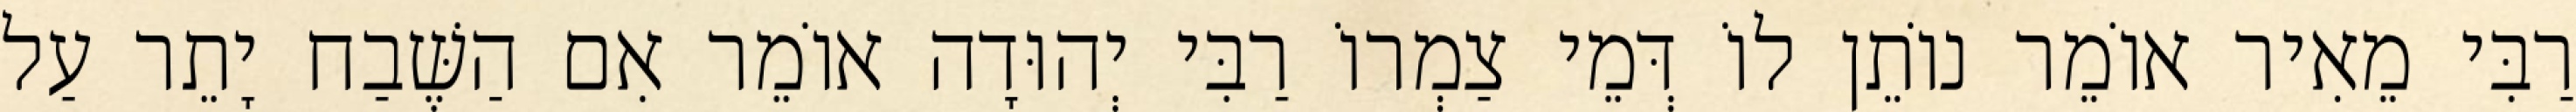
רַבִּי מֵאִיר אוֹמֵר נוֹתֵן לוֹ דְּמֵי צַמְרוֹ רַבִּי יְהוּדָה אוֹמֵר אִם הַשֶּׁבַח יָתֵר עַל